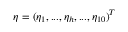
\boldsymbol { \eta } = ( \eta _ { 1 } , . . . , \eta _ { h } , . . . , \eta _ { 1 0 } ) ^ { T }